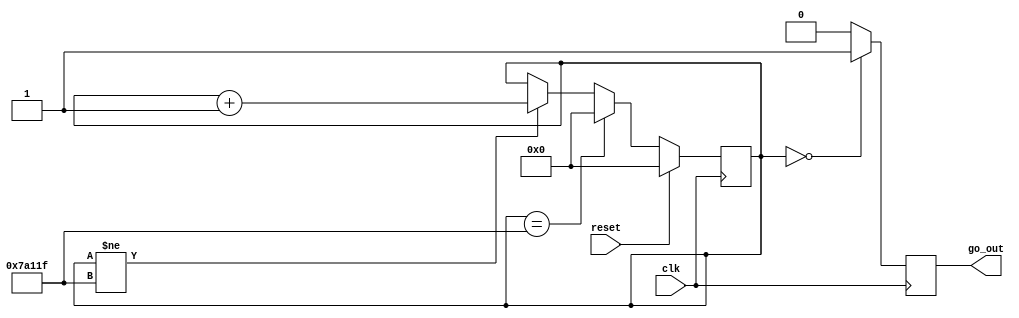
module pulsegen(clk, reset, go_out);

	input clk, reset;
	output go_out;
	reg go_out;
	reg [18:0] count;
	reg [18:0] count_c;
	reg go;
	reg [18:0] divideby;
	
	//DFF
	always@(posedge clk) begin
			count <= #1 count_c;
			go_out <= go;
	end
	
	always@(*) begin
		
		count_c = count; //default halt
		go = 1'b0;
		divideby = 19'b111_1010_0001_0010_0000;
		
		if (count != (divideby-1'b1)) begin
			count_c = count + 1'b1;
		end
		
		if (count == (divideby-1'b1)) begin
			count_c = 19'b000_0000_0000_0000_0000;
		end
		
		if (count == 6'b00_0000) begin
			go = 1'b1;
		end

		
		if (divideby == 19'b000_0000_0000_0000_0000) begin
			count_c = 19'b000_0000_0000_0000_0000;
			go = 1'b0;
		end
		
		if (reset == 1'b1) begin
			count_c = 19'b000_0000_0000_0000_0000;
		end
	end
	
endmodule